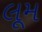
લૂમ